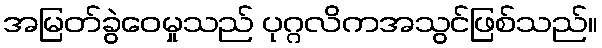
အမြတ်ခွဲဝေမှုသည် ပုဂ္ဂလိကအသွင်ဖြစ်သည်။